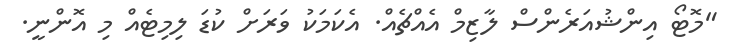
"މޮޓޯ އިންޝުއަރެންސް ލާޒިމް އެއްޗެއް. އެކަމަކު ވަރަށް ކުޑަ ލިމިޓެއް މި އޮންނީ.